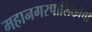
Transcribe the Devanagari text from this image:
महानगरपालिकांची